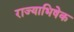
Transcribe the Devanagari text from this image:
राज्‍याभिषेक